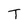
Character: T